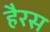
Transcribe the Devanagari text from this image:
हैरस